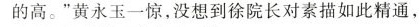
的高。”黄永玉一惊，没想到徐院长对素描如此精通，